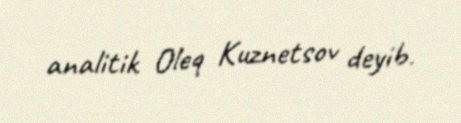
analitik Oleq Kuznetsov deyib.